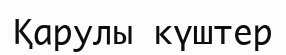
Қарулы күштер